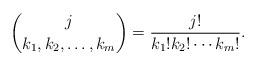
LaTeX: \begin{align*}\binom{j}{k_1,k_2, \ldots, k_{m}} = \frac{j!}{k_1! k_2! \cdots k_{m}!}. \end{align*}